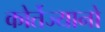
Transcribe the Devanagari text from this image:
कोर्तेज्यानो